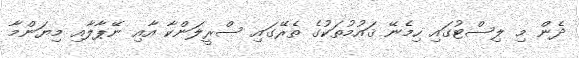
ދެން މި ލިސްޓުގައި ހިމެނޭ ޤައުމުތަކުގެ ތެރޭގައި ސްރީލަންކާ އާއި ނޭޕާލާއި މިޔަންމާ